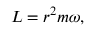
L = r ^ { 2 } m \omega ,